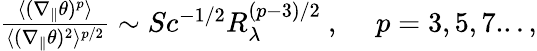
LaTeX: \begin{array}{r}{\frac{\langle(\nabla_{\| }\theta)^{p}\rangle}{\langle(\nabla_{\| }\theta)^{2}\rangle^{p/2}}\sim Sc^{-1/2}R_{\lambda}^{(p-3)/2}\ ,\ \ \ \ \ p=3,5,7...,}\end{array}